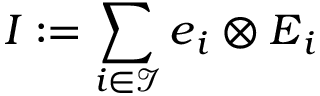
\boldsymbol { I } : = \sum _ { i \in \mathcal { I } } \boldsymbol { e } _ { i } \otimes \boldsymbol { E } _ { i }